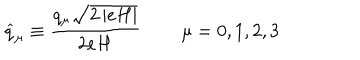
\widehat { q } _ { \mu } \equiv \frac { q _ { \mu } \sqrt { 2 \left| e H \right| } } { 2 e H } \, \qquad \mu = 0 , 1 , 2 , 3